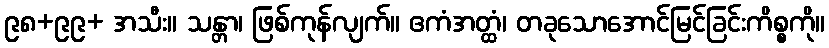
၉၈+၉၉+ အသီး။ သန္တာ၊ ဖြစ်ကုန်လျက်။ ဧကံအတ္ထံ၊ တခုသောအောင်မြင်ခြင်းကိစ္စကို။